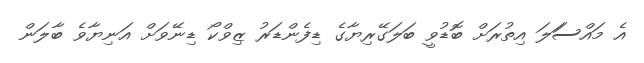
އެ މައްސަަލަ އިތުރަށް ބޮޑުވީ ބަލަގޭރިޔާގެ ޑިފެންޑަރު ޒިވްކޯ ޑިނޭވަށް އަނިޔާވެ ބާލަން